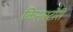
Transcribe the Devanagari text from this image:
किसस्टोरी